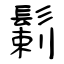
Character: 鬎